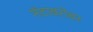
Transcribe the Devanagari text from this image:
नॅटाबरोबर